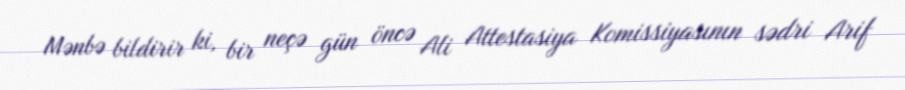
Mənbə bildirir ki, bir neçə gün öncə Ali Attestasiya Komissiyasının sədri Arif